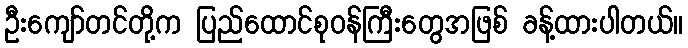
ဦးကျော်တင်တို့က ပြည်ထောင်စုဝန်ကြီးတွေအဖြစ် ခန့်ထားပါတယ်။